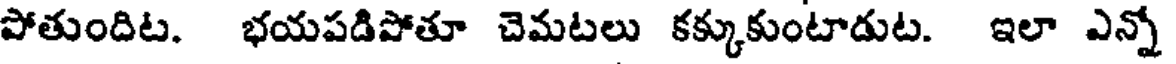
పోతుందిట. భయపడిపోతూ చెమటలు కక్కుకుంటాడుట. ఇలా ఎన్నో